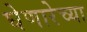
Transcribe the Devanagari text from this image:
घेणारेच्या